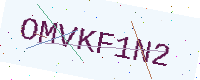
Text: OMVKF1N2